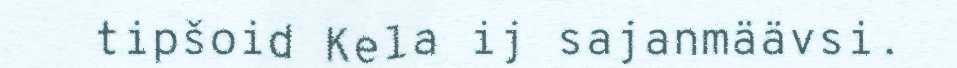
tipšoid Kela ij sajanmäävsi.